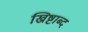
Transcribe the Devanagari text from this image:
ख्रिष्टाब्द